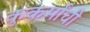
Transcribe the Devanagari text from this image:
कुकर्मांची